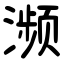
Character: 濒